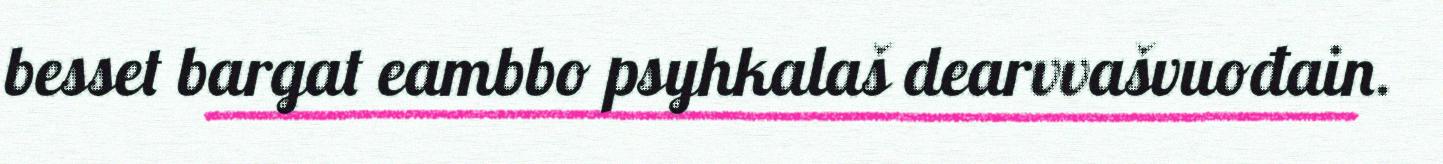
besset bargat eambbo psyhkalaš dearvvašvuođain.